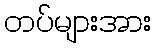
တပ်များအား